Civil Veterinary Department. United Provinces 1912-22 - 1912-1922
Year: 1912
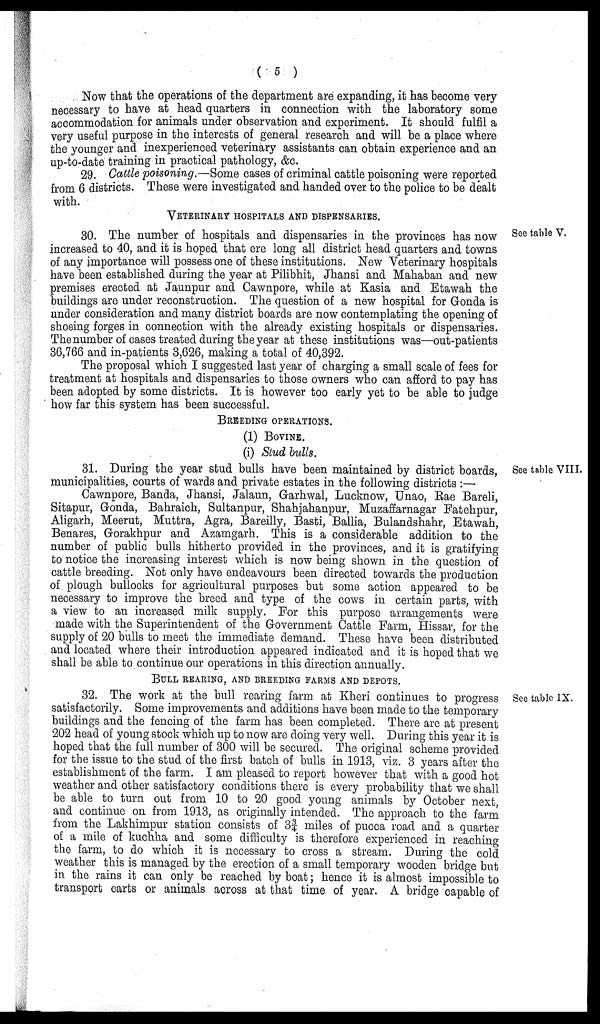
(5)
Now that the operations of the department are expanding, it has become very
necessary to have at head quarters in connection with the laboratory some
accommodation for animals under observation and experiment. It should fulfil a
very useful purpose in the interests of general research and will be a place where
the younger and inexperienced veterinary assistants can obtain experience and an
up-to-date training in practical pathology, &c.
29. Cattle poisoning.—Some cases of criminal cattle poisoning were reported
from 6 districts. These were investigated and handed over to the police to be dealt
with.
VETERINARY HOSPITALS AND DISPENSARIES.
See table V.
30. The number of hospitals and dispensaries in the provinces has now
increased to 40, and it is hoped that ere long all district head quarters and towns
of any importance will possess one of these institutions. New Veterinary hospitals
have been established during the year at Pilibhit, Jhansi and Mahaban and new
premises erected at Jaunpur and Cawnpore, while at Kasia and Etawah the
buildings are under reconstruction. The question of a new hospital for Gonda is
under consideration and many district boards are now contemplating the opening of
shoeing forges in connection with the already existing hospitals or dispensaries.
The number of cases treated during the year at these institutions was—out-patients
36,766 and in-patients 3,626, making a total of 40,392.
The proposal which I suggested last year of charging a small scale of fees for
treatment at hospitals and dispensaries to those owners who can afford to pay has
been adopted by some districts. It is however too early yet to be able to judge
how far this system has been successful.
BREEDING OPERATIONS.
(1)
(i)
BOVINE.
Stud bulls.
See table VIII.
31. During the year stud bulls have been maintained by district boards,
municipalities, courts of wards and private estates in the following districts:—
Cawnpore, Banda, Jhansi, Jalaun, Garhwal, Lucknow, Unao, Rae Bareli,
Sitapur, Gonda, Bahraich, Sultanpur, Shahjahanpur, Muzaffarnagar Fatehpur,
Aligarh, Meerut, Muttra, Agra, Bareilly, Basti, Ballia, Bulandshahr, Etawah,
Benares, Gorakhpur and Azamgarh. This is a considerable addition to the
number of public bulls hitherto provided in the provinces, and it is gratifying
to notice the increasing interest which is now being shown in the question of
cattle breeding. Not only have endeavours been directed towards the production
of plough bullocks for agricultural purposes but some action appeared to be
necessary to improve the breed and type of the cows in certain parts, with
a view to an increased milk supply. For this purpose arrangements were
made with the Superintendent of the Government Cattle Farm, Hissar, for the
supply of 20 bulls to meet the immediate demand. These have been distributed
and located where their introduction appeared indicated and it is hoped that we
shall be able to continue our operations in this direction annually.
BULL REARING, AND BREEDING FARMS AND DEPOTS.
See table IX.
32. The work at the bull rearing farm at Kheri continues to progress
satisfactorily. Some improvements and additions have been made to the temporary
buildings and the fencing of the farm has been completed. There are at present
202 head of young stock which up to now are doing very well. During this year it is
hoped that the full number of 300 will be secured. The original scheme provided
for the issue to the stud of the first batch of bulls in 1913, viz. 3 years after the
establishment of the farm. I am pleased to report however that with a good hot
weather and other satisfactory conditions there is every probability that we shall
be able to turn out from 10 to 20 good young animals by October next,
and continue on from 1913, as originally intended. The approach to the farm
from the Lakhimpur station consists of 3¾ miles of pucca road and a quarter
of a mile of kuchha and some difficulty is therefore experienced in reaching
the farm, to do which it is necessary to cross a stream. During the cold
weather this is managed by the erection of a small temporary wooden bridge but
in the rains it can only be reached by boat; hence it is almost impossible to
transport carts or animals across at that time of year. A bridge capable of